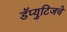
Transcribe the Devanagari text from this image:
डॅप्युटिजचे